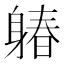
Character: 𨉩